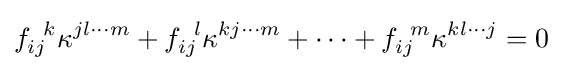
f_{ij}^{\;\;k}\kappa ^{jl\cdots m}+f_{ij}^{\;\;l}\kappa ^{kj\cdots m}+\cdots +f_{ij}^{\;\;m}\kappa ^{kl\cdots j}=0